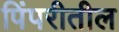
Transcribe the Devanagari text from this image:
पिंपरीतील